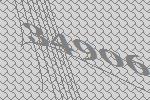
34906